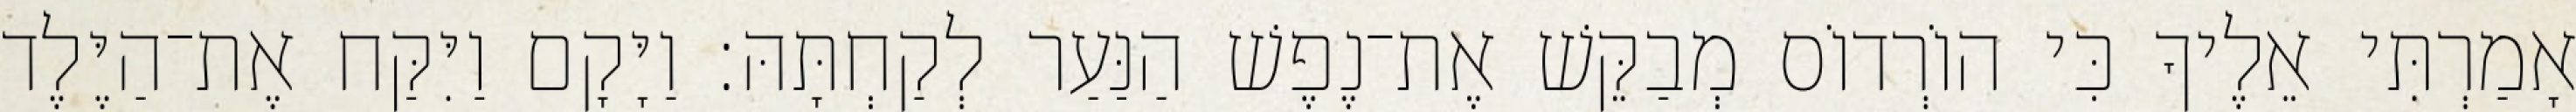
אָמַרְתִּי אֵלֶיךָ כִּי הוֹרְדוֹס מְבַקֵּשׁ אֶת־נֶפֶשׁ הַנַּעַר לְקַחְתָּהּ׃ וַיָּקָם וַיִּקַּח אֶת־הַיֶּלֶד